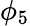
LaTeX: \phi_{5}